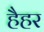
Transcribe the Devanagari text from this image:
हैहर